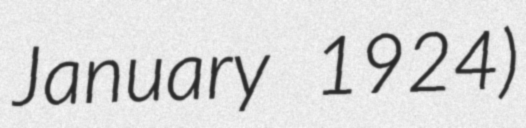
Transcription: January 1924)